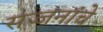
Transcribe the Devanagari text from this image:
सज्जनांचे